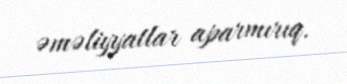
əməliyyatlar aparmırıq.